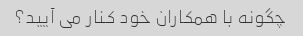
چگونه با همکاران خود کنار می آیید؟